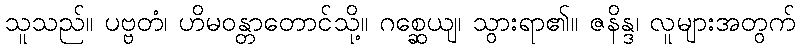
သူသည်။ ပဗ္ဗတံ၊ ဟိမဝန္တာတောင်သို့။ ဂစ္ဆေယျ၊ သွားရာ၏။ ဇနိန္ဒ၊ လူများအတွက်